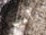
تأهب